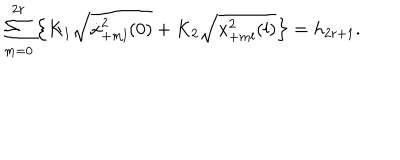
\sum _ { m = 0 } ^ { 2 r } \left\{ K _ { 1 } \sqrt { \dot { x } _ { + m l } ^ { 2 } ( 0 ) } + K _ { 2 } \sqrt { x _ { + m l } ^ { 2 } ( l ) } \right\} = h _ { 2 r + 1 } .